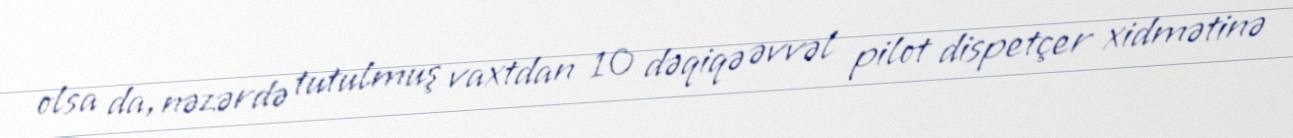
olsa da, nəzərdə tutulmuş vaxtdan 10 dəqiqə əvvəl pilot dispetçer xidmətinə